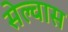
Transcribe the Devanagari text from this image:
सेल्वास